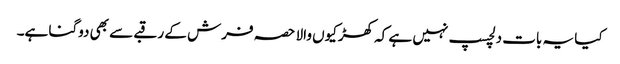
کیا یہ بات دلچسپ نہیں ہے کہ کھڑکیوں والا حصہ فرش کے رقبے سے بھی دوگنا ہے۔